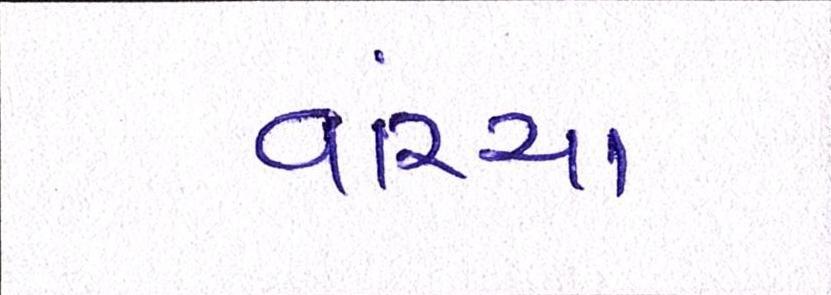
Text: વાંચ્યા